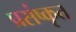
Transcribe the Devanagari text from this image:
प्रसंष्कृत